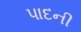
પાદની